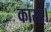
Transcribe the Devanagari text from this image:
कासा।